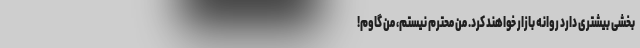
بخشی بیشتری دارد روانه بازار خواهند کرد. من محترم نیستم، من گاوم!